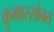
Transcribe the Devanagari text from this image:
कुमारसोबत